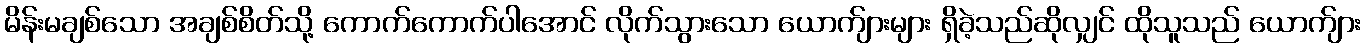
မိန်းမချစ်သော အချစ်စိတ်သို့ ကောက်ကောက်ပါအောင် လိုက်သွားသော ယောက်ျားများ ရှိခဲ့သည်ဆိုလျှင် ထိုသူသည် ယောက်ျား